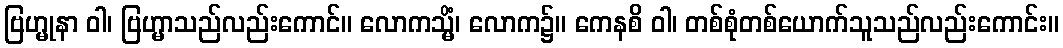
ဗြဟ္မုနာ ဝါ၊ ဗြဟ္မာသည်လည်းကောင်။ လောကသ္မိံ၊ လောက၌။ ကေနစိ ဝါ၊ တစ်စုံတစ်ယောက်သူသည်လည်းကောင်း။